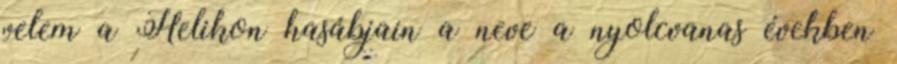
velem a Helikon hasábjain a neve a nyolcvanas években